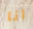
أنا